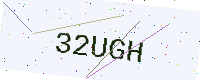
Text: 32UGH